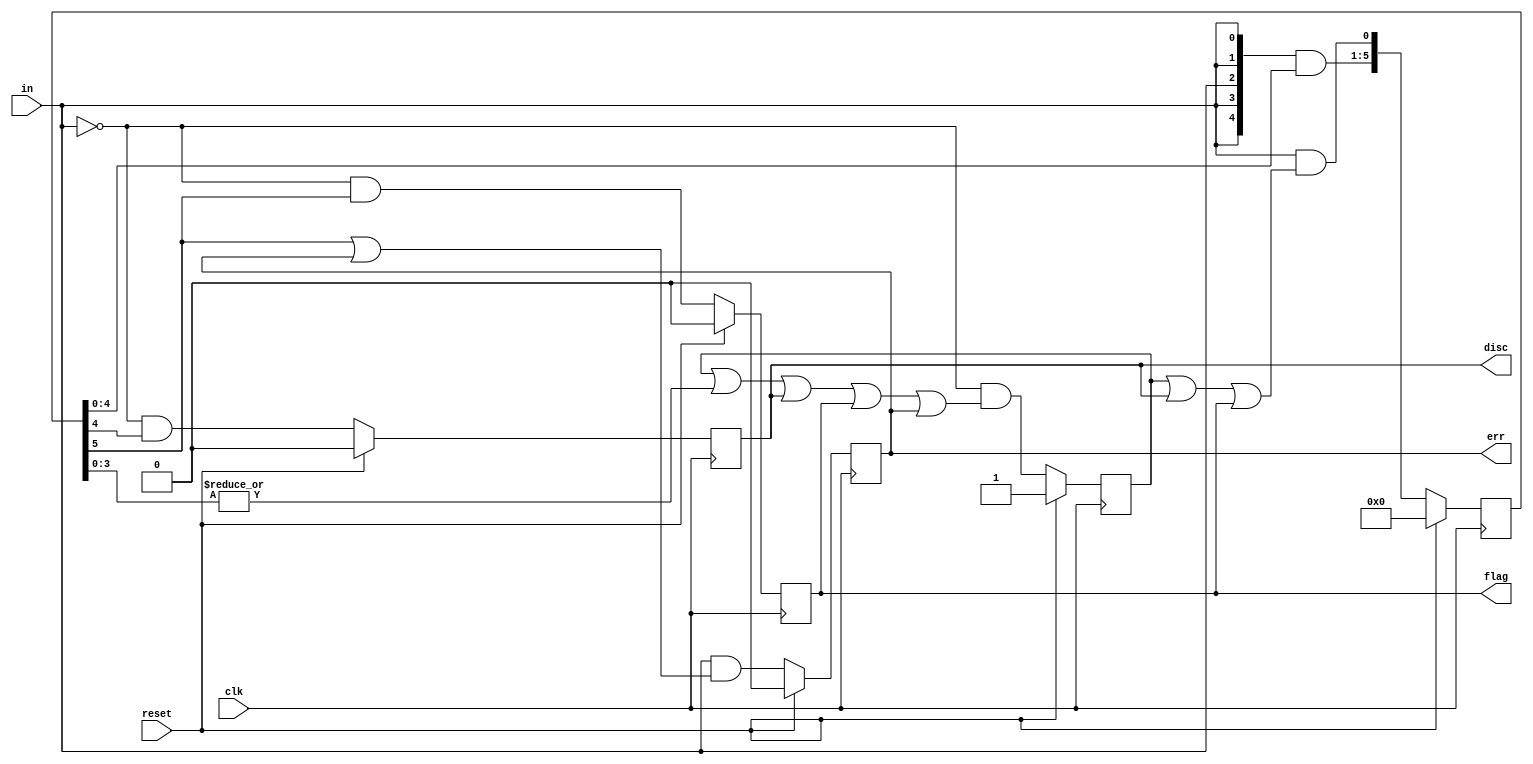
module top_module(
    input clk,
    input reset,    // Synchronous reset
    input in,
    output disc,
    output flag,
    output err);

    reg ready_stt, disc_stt, flag_stt, err_stt;
    reg [6:1] data_stt;
    reg n_ready, n_disc, n_flag, n_err;
    reg [6:1] n_data;

    always @(*) begin
        n_ready = (~in) & (ready_stt | (|data_stt[4:1]) | disc_stt | flag_stt | err_stt);
        begin
            n_data[1] = (in) & (ready_stt | disc_stt | flag_stt);
            n_data[6:2] = {5{(in)}} & data_stt[5:1]; //   (in)    
        end
        n_disc = (~in) & data_stt[5];
        n_flag = (~in) & data_stt[6];
        n_err = (in) & (data_stt[6] | err_stt);
    end

    always @(posedge clk) begin
        if(reset) begin
            ready_stt <= 1;
            data_stt <= 0;
            disc_stt <= 0;
            flag_stt <= 0;
            err_stt <= 0;
        end
        else begin
            ready_stt <= n_ready;
            data_stt <= n_data;
            disc_stt <= n_disc;
            flag_stt <= n_flag;
            err_stt <= n_err;
        end
    end

    assign disc = disc_stt;
    assign flag = flag_stt;
    assign err = err_stt;

endmodule